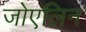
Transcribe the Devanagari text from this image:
जोएलिन